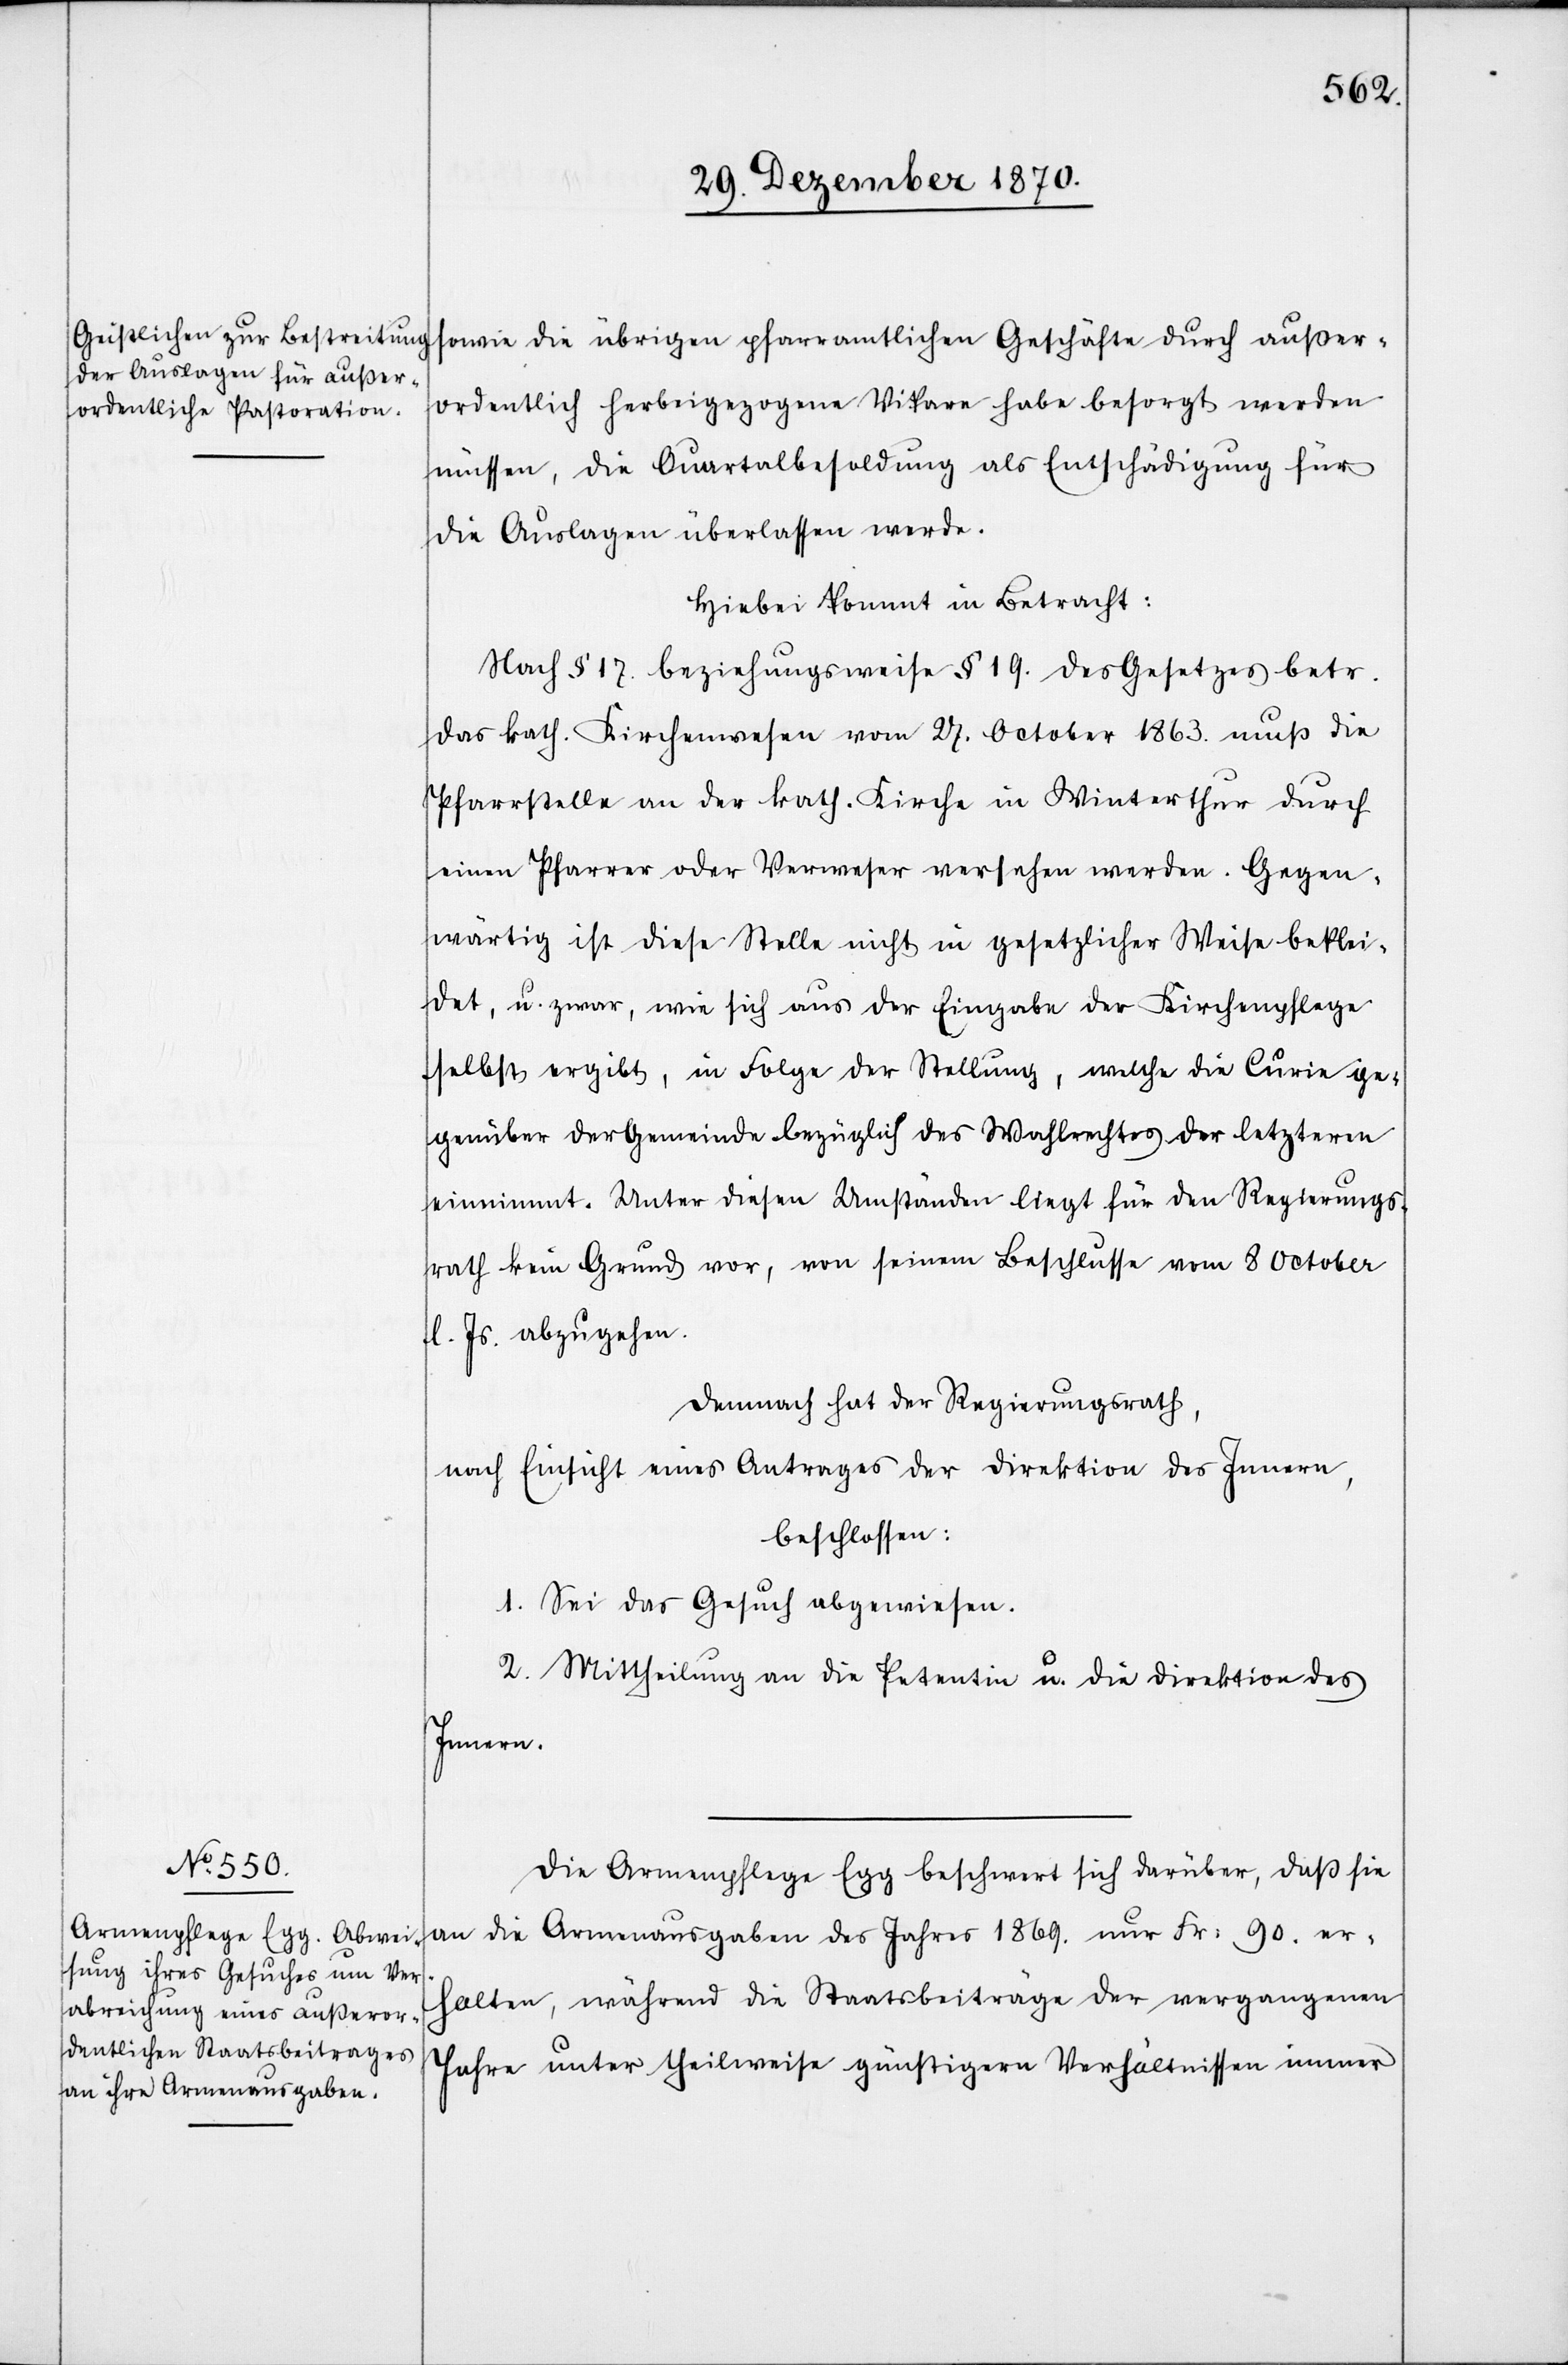
ordentlich herbeigezogene Vikare haben besorgt werden
müssen, die Quartalbesoldung als Entschädigung für
die Auslagen überlassen werde.
Hiebei kommt in Betracht:
Nach § 17. beziehungsweise § 19. des Gesetzes betr.
das kath. Kirchenwesen vom 27. October 1863. muß die
Pfarrstelle an der kath. Kirche in Winterthur durch
einen Pfarrer oder Verweser versehen werden. Gegen¬
wärtig ist diese Stelle nicht in gesetzlicher Weise beklei¬
det, u. zwar, wie sich aus der Eingabe der Kirchenpflege
selbst ergibt, in Folge der Stellung, welche die Curie ge¬
genüber der Gemeinde bezüglich des Wahlrechtes der letzteren
einnimmt. Unter diesen Umständen liegt für den Regierungs¬
rath kein Grund vor, von seinem Beschlusse vom 8 October
l. Js. abzugehen.
Demnach hat der Regierungsrath,
nach Einsicht eines Antrages der Direktion des Innern,
beschlossen:
1. Sei das Gesuch abgewiesen.
2. Mittheilung an die Petentin u. die Direktion des
Innern.
Die Armenpflege Egg beschwert sich darüber, daß sie
an die Armenausgaben des Jahres 1869. nur Fr: 90. er¬
halten, während die Staatsbeiträge der vergangenen
Jahre unter theilweise günstigern Verhältnissen immer